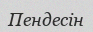
Пендесін